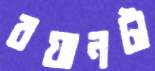
বয়ানটা